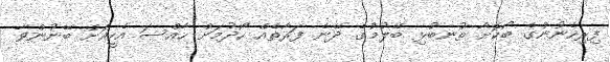
ފިރިހެނުންގެ ބޯކޮށާ ތުނބުޅި ބޭލުމުގެ ދޭނެ ފަރާތެއް ހޯދުމަށް ހާއްސަ އެހީއަށް ބޭނުންވާ